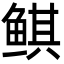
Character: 鲯